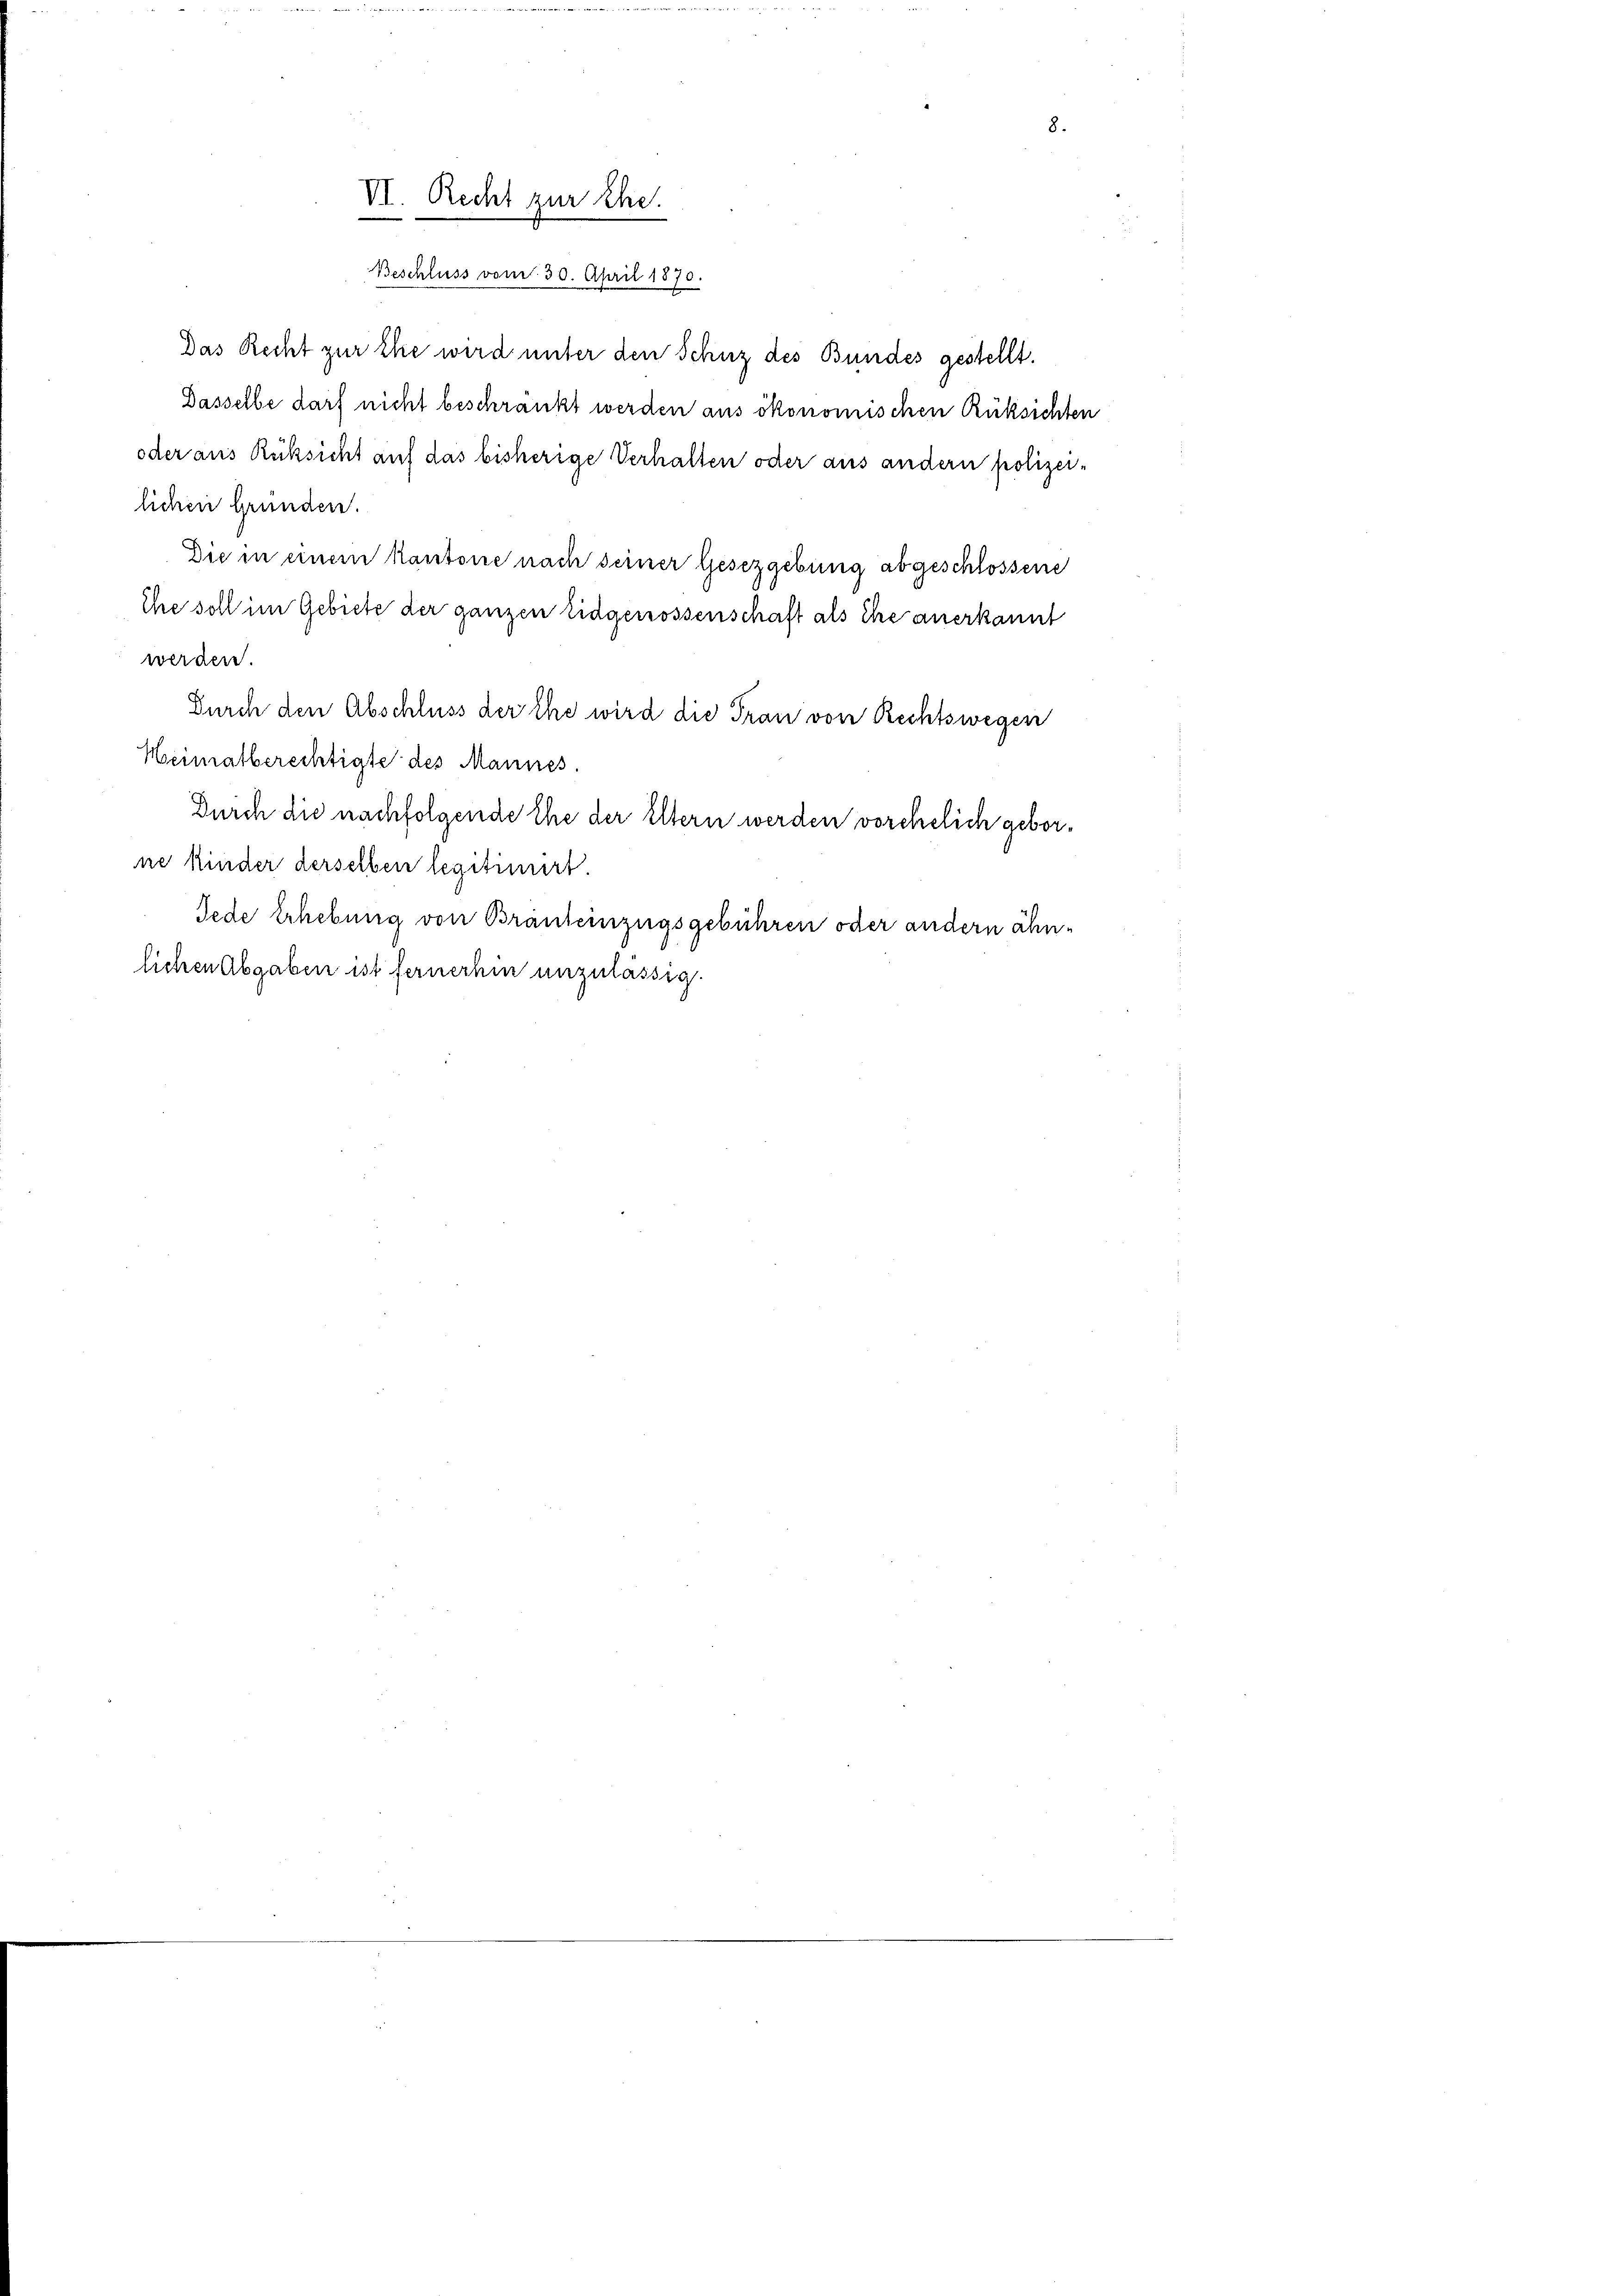
VI. Recht zur Ehe.

Beschluss vom 30. April 1870.
Das Recht zur Ehe wird unter den Schuz des Bundes gestellt.
Dasselbe darf nicht beschränkt werden aus ökonomischen Rüksichten
oder aus Rüksicht auf das bisherige Verhalten oder aus andern polizeilichen Gründen.
Die in einem kantone nach seiner Gesetzgebung abgeschlossene
Ehe soll im Gebiete der ganzen Eidgenossenschaft als Ehe anerkannt
werden.
Durch den Abschluss der Ehe wird die Frau von Rechtswegen
Heimatberechtigte des Mannes.
Durch die nachfolgende Ehe der Eltern werden vorehelich geborne kinder derselben legitimiert.
Jede Erhebung von Bräuleinzugsgebühren oder andern ähnlichen Abgaben ist fernerhin unzulässig.